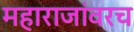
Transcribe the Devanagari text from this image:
महाराजांवरच